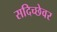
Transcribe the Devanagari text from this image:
सदिच्छेवर